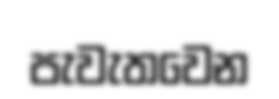
පැවැතවෙන